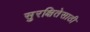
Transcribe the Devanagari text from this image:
सुरक्षितेसाठी